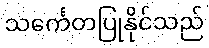
သင်္ကေတပြုနိုင်သည်